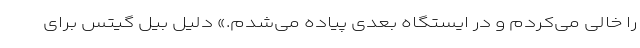
را خالی می‌کردم و در ایستگاه بعدی پیاده می‌شدم.» دلیل بیل گیتس برای